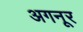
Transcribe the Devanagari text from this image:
अगनूर